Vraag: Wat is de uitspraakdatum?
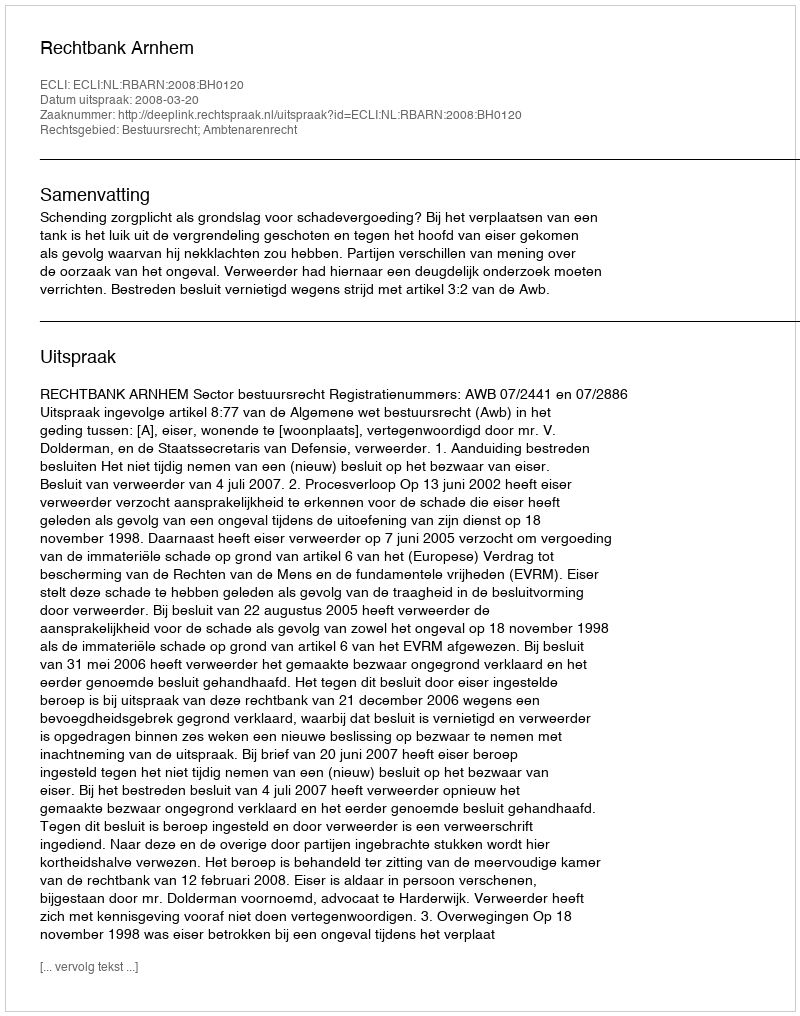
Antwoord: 2008-03-20